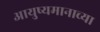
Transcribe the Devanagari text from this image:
आयुष्यमानाच्या